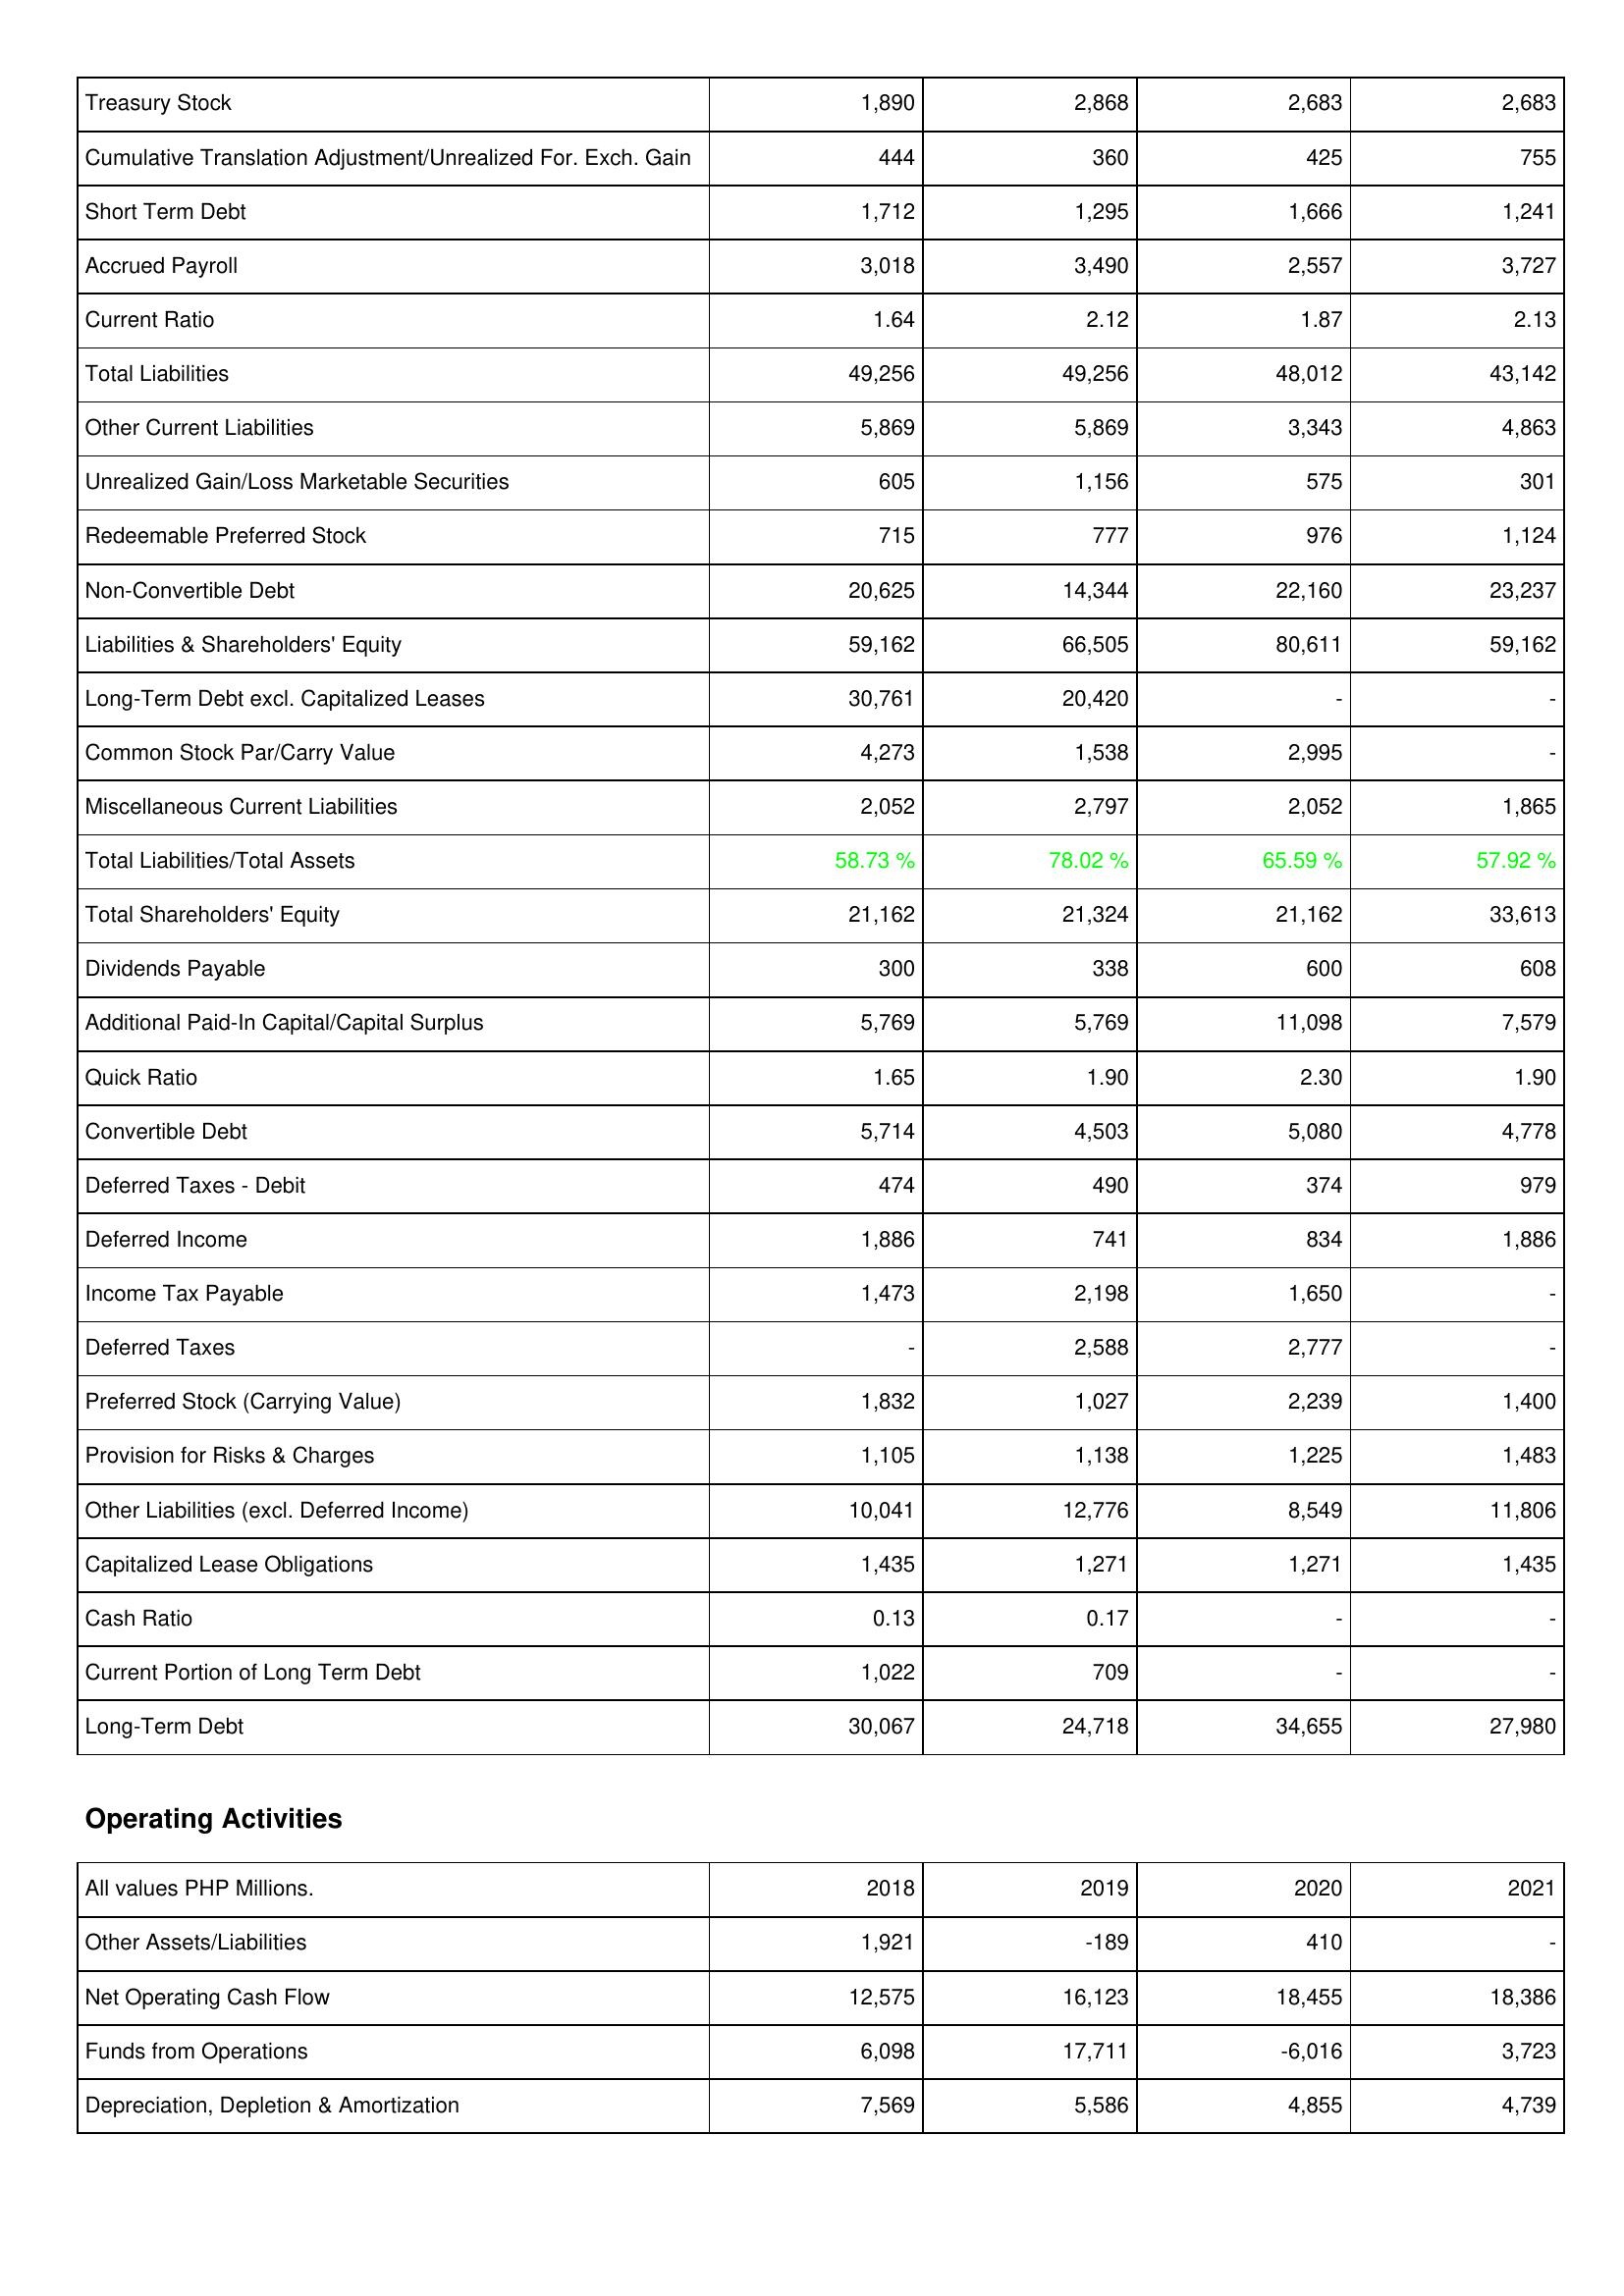
2018: Liabilities & Shareholders' Equity: Treasury Stock: 1,890
Cumulative Translation Adjustment/Unrealized For. Exch. Gain: 444
Short Term Debt: 1,712
Accrued Payroll: 3,018
Current Ratio: 1.64
Total Liabilities: 49,256
Other Current Liabilities: 5,869
Unrealized Gain/Loss Marketable Securities: 605
Redeemable Preferred Stock: 715
Non-Convertible Debt: 20,625
Liabilities & Shareholders' Equity: 59,162
Long-Term Debt excl. Capitalized Leases: 30,761
Common Stock Par/Carry Value: 4,273
Miscellaneous Current Liabilities: 2,052
Total Liabilities/Total Assets: 58.73 %
Total Shareholders' Equity: 21,162
Dividends Payable: 300
Additional Paid-In Capital/Capital Surplus: 5,769
Quick Ratio: 1.65
Convertible Debt: 5,714
Deferred Taxes - Debit: 474
Deferred Income: 1,886
Income Tax Payable: 1,473
Deferred Taxes: -
Preferred Stock (Carrying Value): 1,832
Provision for Risks & Charges: 1,105
Other Liabilities (excl. Deferred Income): 10,041
Capitalized Lease Obligations: 1,435
Cash Ratio: 0.13
Current Portion of Long Term Debt: 1,022
Long-Term Debt: 30,067
Operating Activities: Other Assets/Liabilities: 1,921
Net Operating Cash Flow: 12,575
Funds from Operations: 6,098
Depreciation, Depletion & Amortization: 7,569
2019: Liabilities & Shareholders' Equity: Treasury Stock: 2,868
Cumulative Translation Adjustment/Unrealized For. Exch. Gain: 360
Short Term Debt: 1,295
Accrued Payroll: 3,490
Current Ratio: 2.12
Total Liabilities: 49,256
Other Current Liabilities: 5,869
Unrealized Gain/Loss Marketable Securities: 1,156
Redeemable Preferred Stock: 777
Non-Convertible Debt: 14,344
Liabilities & Shareholders' Equity: 66,505
Long-Term Debt excl. Capitalized Leases: 20,420
Common Stock Par/Carry Value: 1,538
Miscellaneous Current Liabilities: 2,797
Total Liabilities/Total Assets: 78.02 %
Total Shareholders' Equity: 21,324
Dividends Payable: 338
Additional Paid-In Capital/Capital Surplus: 5,769
Quick Ratio: 1.90
Convertible Debt: 4,503
Deferred Taxes - Debit: 490
Deferred Income: 741
Income Tax Payable: 2,198
Deferred Taxes: 2,588
Preferred Stock (Carrying Value): 1,027
Provision for Risks & Charges: 1,138
Other Liabilities (excl. Deferred Income): 12,776
Capitalized Lease Obligations: 1,271
Cash Ratio: 0.17
Current Portion of Long Term Debt: 709
Long-Term Debt: 24,718
Operating Activities: Other Assets/Liabilities: -189
Net Operating Cash Flow: 16,123
Funds from Operations: 17,711
Depreciation, Depletion & Amortization: 5,586
2020: Liabilities & Shareholders' Equity: Treasury Stock: 2,683
Cumulative Translation Adjustment/Unrealized For. Exch. Gain: 425
Short Term Debt: 1,666
Accrued Payroll: 2,557
Current Ratio: 1.87
Total Liabilities: 48,012
Other Current Liabilities: 3,343
Unrealized Gain/Loss Marketable Securities: 575
Redeemable Preferred Stock: 976
Non-Convertible Debt: 22,160
Liabilities & Shareholders' Equity: 80,611
Long-Term Debt excl. Capitalized Leases: -
Common Stock Par/Carry Value: 2,995
Miscellaneous Current Liabilities: 2,052
Total Liabilities/Total Assets: 65.59 %
Total Shareholders' Equity: 21,162
Dividends Payable: 600
Additional Paid-In Capital/Capital Surplus: 11,098
Quick Ratio: 2.30
Convertible Debt: 5,080
Deferred Taxes - Debit: 374
Deferred Income: 834
Income Tax Payable: 1,650
Deferred Taxes: 2,777
Preferred Stock (Carrying Value): 2,239
Provision for Risks & Charges: 1,225
Other Liabilities (excl. Deferred Income): 8,549
Capitalized Lease Obligations: 1,271
Cash Ratio: -
Current Portion of Long Term Debt: -
Long-Term Debt: 34,655
Operating Activities: Other Assets/Liabilities: 410
Net Operating Cash Flow: 18,455
Funds from Operations: -6,016
Depreciation, Depletion & Amortization: 4,855
2021: Liabilities & Shareholders' Equity: Treasury Stock: 2,683
Cumulative Translation Adjustment/Unrealized For. Exch. Gain: 755
Short Term Debt: 1,241
Accrued Payroll: 3,727
Current Ratio: 2.13
Total Liabilities: 43,142
Other Current Liabilities: 4,863
Unrealized Gain/Loss Marketable Securities: 301
Redeemable Preferred Stock: 1,124
Non-Convertible Debt: 23,237
Liabilities & Shareholders' Equity: 59,162
Long-Term Debt excl. Capitalized Leases: -
Common Stock Par/Carry Value: -
Miscellaneous Current Liabilities: 1,865
Total Liabilities/Total Assets: 57.92 %
Total Shareholders' Equity: 33,613
Dividends Payable: 608
Additional Paid-In Capital/Capital Surplus: 7,579
Quick Ratio: 1.90
Convertible Debt: 4,778
Deferred Taxes - Debit: 979
Deferred Income: 1,886
Income Tax Payable: -
Deferred Taxes: -
Preferred Stock (Carrying Value): 1,400
Provision for Risks & Charges: 1,483
Other Liabilities (excl. Deferred Income): 11,806
Capitalized Lease Obligations: 1,435
Cash Ratio: -
Current Portion of Long Term Debt: -
Long-Term Debt: 27,980
Operating Activities: Other Assets/Liabilities: -
Net Operating Cash Flow: 18,386
Funds from Operations: 3,723
Depreciation, Depletion & Amortization: 4,739